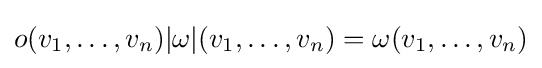
o(v_{1},\ldots ,v_{n})|\omega |(v_{1},\ldots ,v_{n})=\omega (v_{1},\ldots ,v_{n})